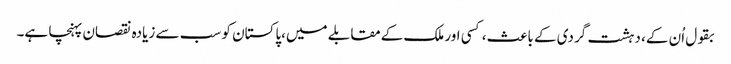
بقول اُن کے، دہشت گردی کے باعث، کسی اور ملک کےمقابلے میں،پاکستان کو سب سے زیادہ نقصان پہنچا ہے۔